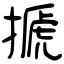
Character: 搋